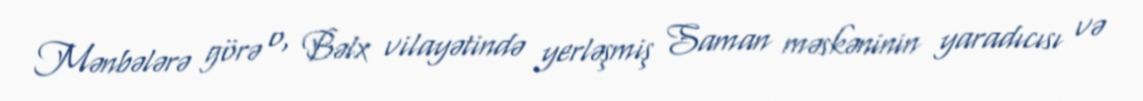
Mənbələrə görə o, Bəlx vilayətində yerləşmiş Saman məskəninin yaradıcısı və